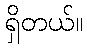
ရှိတယ်။